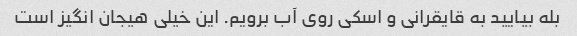
بله بیایید به قایقرانی و اسکی روی آب برویم. این خیلی هیجان انگیز است